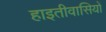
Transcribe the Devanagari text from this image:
हाइतीवासियों